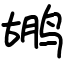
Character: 鹕